Subject: cs
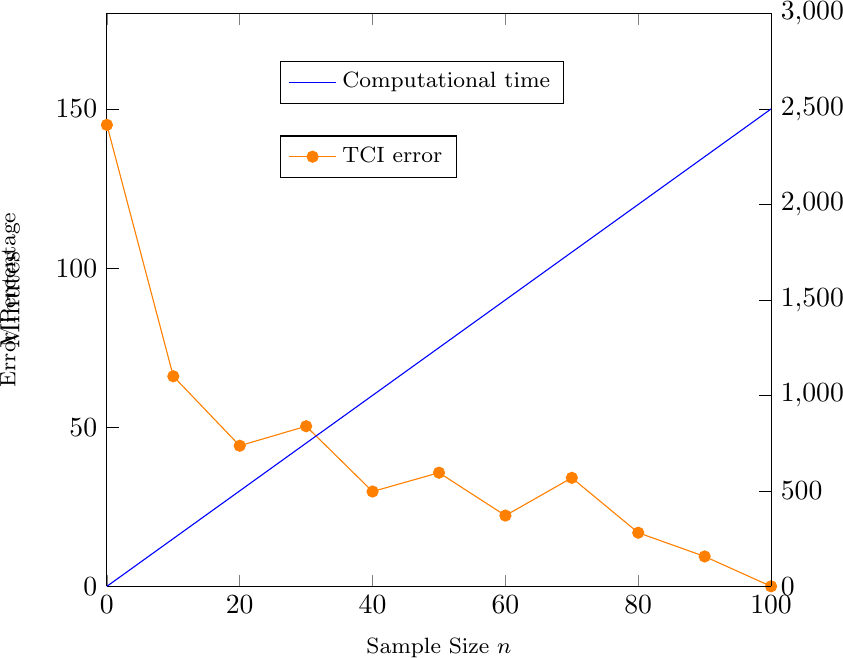
LaTeX code:
    \begin{tikzpicture}
    \pgfplotsset{
        scale only axis,
        xmin=0, xmax=100,
        y axis style/.style={
            yticklabel style=#1,
            ylabel style=#1,
            y axis line style=#1,
            ytick style=#1
       }
    }

    \begin{axis}[
      axis y line*=left,
      y axis style=black!75!black,
      ymin=0, ymax=180,
      xlabel={Sample Size $n$
      },
      ylabel={Error Percentage},
    legend style={at={(0.26,0.75)}, anchor=west, font=\footnotesize},
    label style={font=\footnotesize}
    ]
    \addplot[mark=*,orange]
   coordinates {
    (0, 144.99014469563542)
 (10, 66.00385767461768)
 (20, 44.17677805641458)
 (30, 50.314017672941745)
 (40, 29.788802957937282)
 (50, 35.71244075970475)
 (60, 22.235910683478743)
 (70, 34.097782499124584)
 (80, 16.845642879961183)
 (90, 9.392781270621153)
 (100, 0.0)
};
\addlegendentry{TCI error}
    \end{axis}

    \begin{axis}[
      axis y line*=right,
      axis x line=none,
      ymin=0, ymax=3000,
      ylabel={Minutes},
      y axis style=black!75!black,
      legend style={at={(0.26,0.88)}, anchor=west, font=\footnotesize}
    ]
    \addplot[color=blue, domain=0:120]{25*x};
    \addlegendentry{Computational time}
    \end{axis}

    \end{tikzpicture}